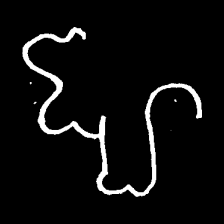
Pyu character \u2014 Myanmar letter: ဈ (romanized: jha)